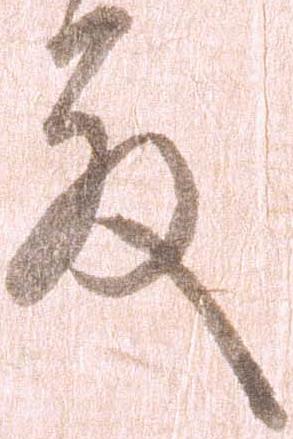
殿